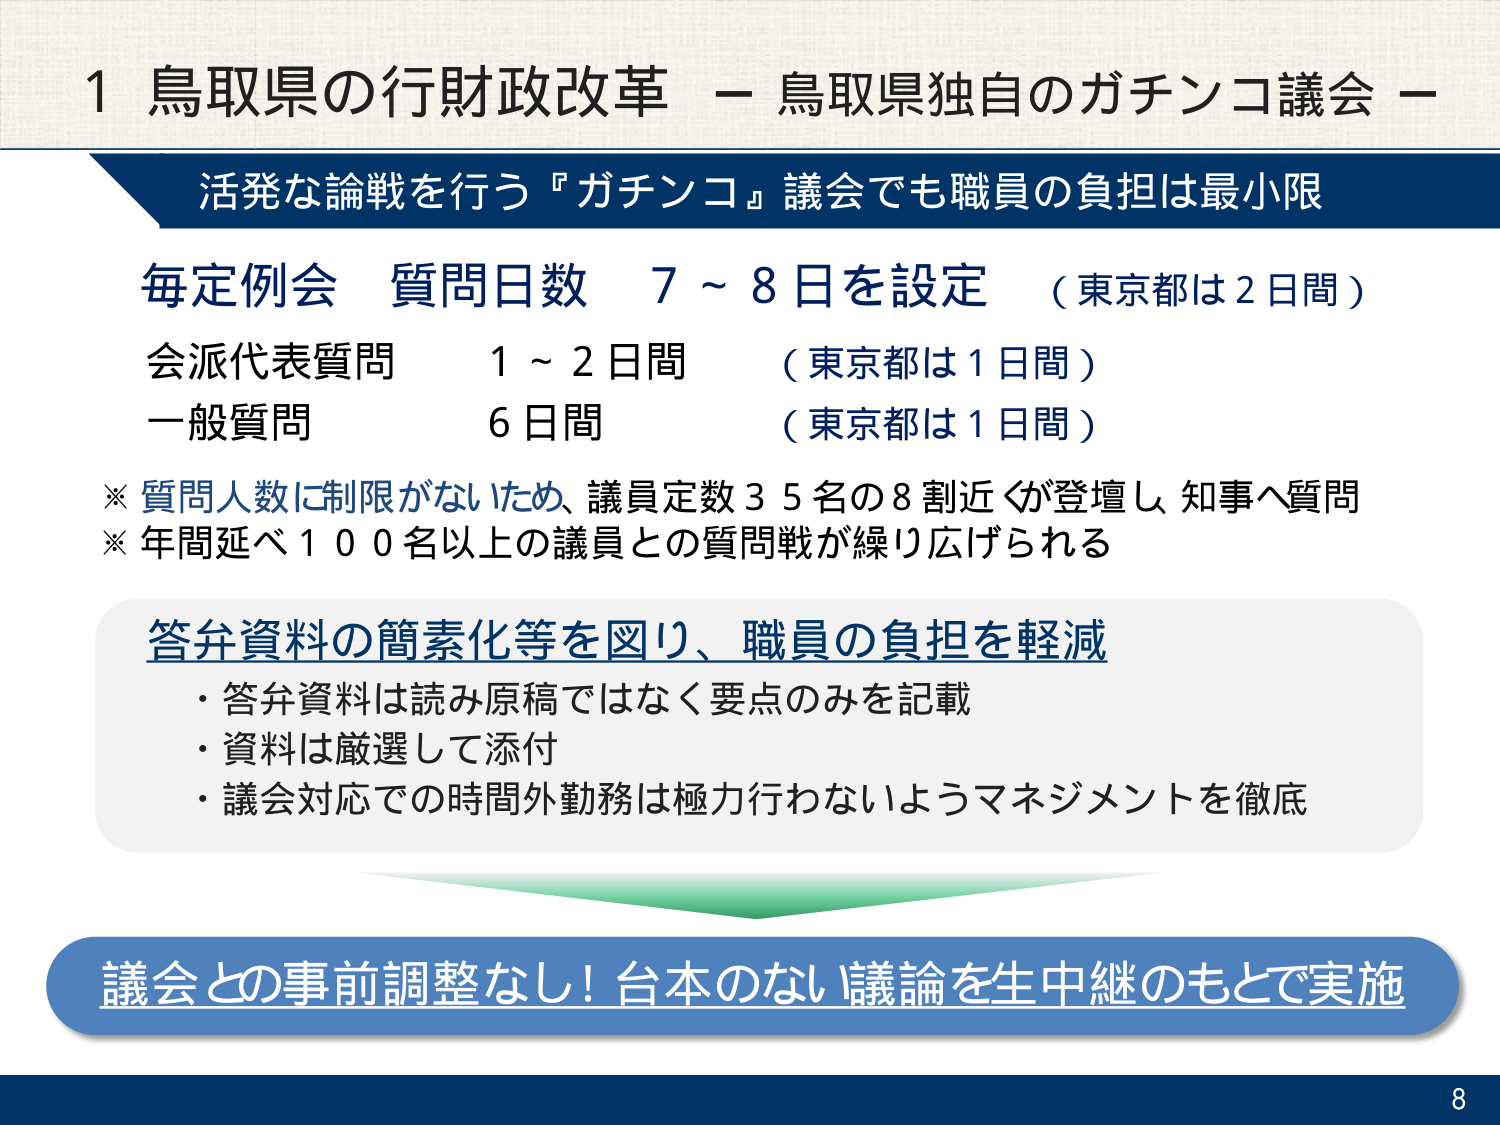
1 鳥取県の行財政改革 － 鳥取県独自のガチンコ議会 －

活発な論戦を行う『ガチンコ』議会でも職員の負担は最小限

毎定例会 質問日数 7～8日を設定 （東京都は2日間）
会派代表質問 1～2日間 （東京都は1日間）
一般質問 6日間 （東京都は1日間）

※ 質問人数に制限がないため、議員定数35名の8割近くが登壇し、知事へ質問
※ 年間延べ100名以上の議員との質問戦が繰り広げられる

答弁資料の簡素化等を図り、職員の負担を軽減
・答弁資料は読み原稿ではなく要点のみを記載
・資料は厳選して添付
・議会対応での時間外勤務は極力行わないようマネジメントを徹底

議会との事前調整なし！台本のない議論を生中継のもとで実施

8